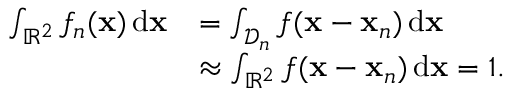
\begin{array} { r l } { \int _ { \mathbb { R } ^ { 2 } } f _ { n } ( \mathbf { x } ) \, \mathrm { d } \mathbf { x } } & { = \int _ { \mathcal { D } _ { n } } f ( \mathbf { x } - \mathbf { x } _ { n } ) \, \mathrm { d } \mathbf { x } } \\ & { \approx \int _ { \mathbb { R } ^ { 2 } } f ( \mathbf { x } - \mathbf { x } _ { n } ) \, \mathrm { d } \mathbf { x } = 1 . } \end{array}